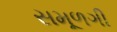
સમૂળગી